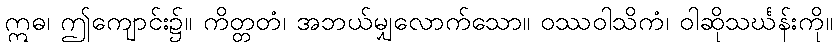
ဣဓ၊ ဤကျောင်း၌။ ကိတ္တတံ၊ အဘယ်မျှလောက်သော။ ဝဿဝါသိကံ၊ ဝါဆိုသင်္ဃန်းကို။